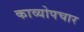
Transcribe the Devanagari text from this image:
काव्योपचार